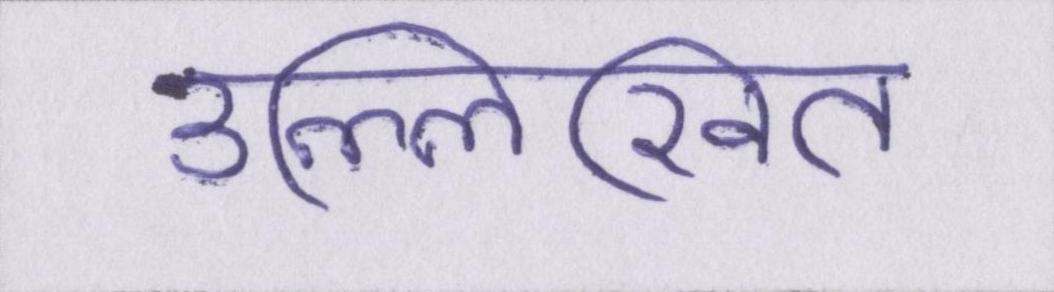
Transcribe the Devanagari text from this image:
उल्लिखित